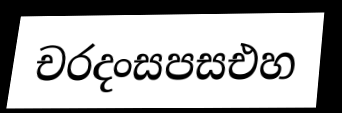
චරදංසපසඑහ